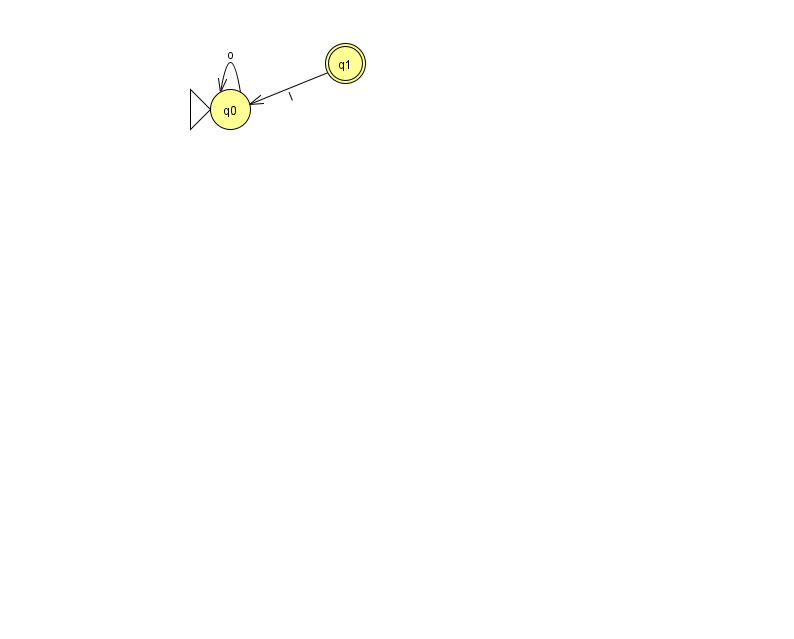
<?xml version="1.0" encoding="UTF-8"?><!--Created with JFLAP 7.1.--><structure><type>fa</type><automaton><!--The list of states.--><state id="0" name="q0"><x>230.0</x><y>96.0</y><initial/></state><state id="1" name="q1"><x>345.0</x><y>50.0</y><final/></state><!--The list of transitions.--><transition><from>1</from><to>0</to><read>I</read></transition><transition><from>0</from><to>0</to><read>o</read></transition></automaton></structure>